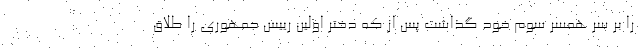
را بر سر همسر سوم خود گذاشت پس از که دختر اولین رییس جمهوری را طلاق